Indian journal of veterinary science and animal husbandry - Volumes 15-17, 1948-1951
Year: 1948
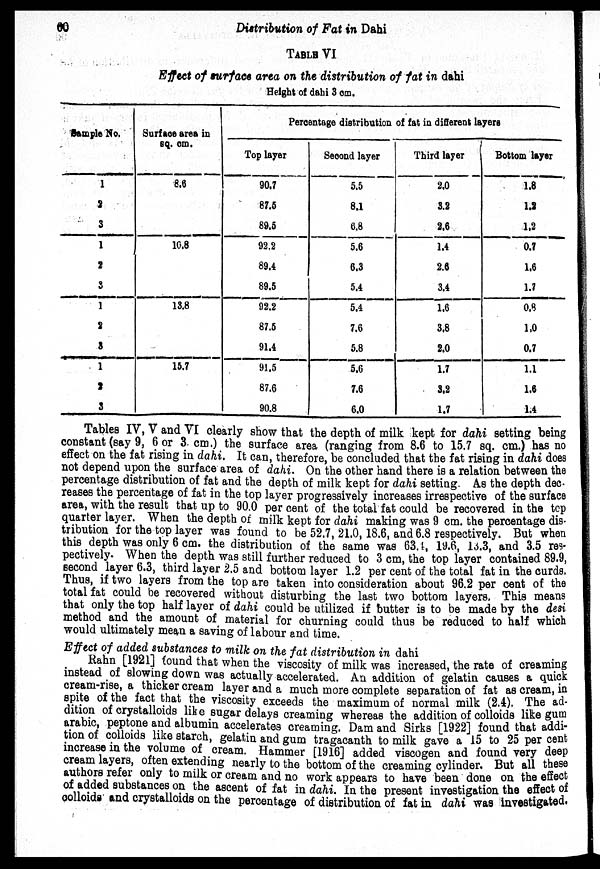
60
Distribution of Fat in Dahi
TABLE VI
Effect of surface area on the distribution of fat in dahi
Height of dahi 3 cm.
Sample No.
1
2
3
1
2
3
1
2
8
1
2
3
Surface area in
sq. cm.
8.6
10.8
13.8
15.7
Percentage distribution of fat in different layers
Top layer
90.7
87.5
89.5
92,2
89.4
89.5
92.2
87.5
91.4
91.5
87.6
90.8
Second layer
5.5
8.1
6.8
5.6
6.3
5.4
5.4
7.6
5.8
5.6
7.6
6.0
Third layer
2.0
3.2
2.6
1.4
2.6
3.4
1.6
3.8
2.0
1.7
3.2
1.7
Bottom layer
1.8
1.2
1.2
0.7
1.6
1.7
0.8
1.0
0.7
1.1
1.6
1.4
Tables IV, V and VI clearly show that the depth of milk kept for dahi setting being
constant (say 9, 6 or 3. cm.) the surface area (ranging from 8.6 to 15.7 sq. cm.) has no
effect on the fat rising in dahi. It can, therefore, be concluded that the fat rising in dahi does
not depend upon the surface area of dahi. On the other hand there is a relation between the
percentage distribution of fat and the depth of milk kept for dahi setting. As the depth dec-
reases the percentage of fat in the top layer progressively increases irrespective of the surface
area, with the result that up to 90.0 per cent of the total fat could be recovered in the top
quarter layer. When the depth of milk kept for dahi making was 9 cm. the percentage dis-
tribution for the top layer was found to be 52.7, 21.0, 18.6, and 6.8 respectively. But when
this depth was only 6 cm. the distribution of the same was 63.4, 19.6, 13.3, and 3.5 res-
pectively. When the depth was still further reduced to 3 cm, the top layer contained 89.9,
second layer 6.3, third layer 2.5 and bottom layer 1.2 per cent of the total fat in the curds.
Thus, if two layers from the top are taken into consideration about 96.2 per cent of the
total fat could be recovered without disturbing the last two bottom layers. This means
that only the top half layer of dahi could be utilized if butter is to be made by the desi
method and the amount of material for churning could thus be reduced to half which
would ultimately mean a saving of labour and time.
Effect of added substances to milk on the fat distribution in dahi
Rahn
[1921]
found that when the viscosity of milk was increased, the rate of creaming
instead of slowing down was actually accelerated. An addition of gelatin causes a quick
cream-rise, a thicker cream layer and a much more complete separation of fat as cream, in
spite of the fact that the viscosity exceeds the maximum of normal milk (2.4). The ad¬
dition of crystalloids like sugar delays creaming whereas the addition of colloids like gum
arabic, peptone and albumin accelerates creaming. Dam and Sirks [1922] found that addi-
tion of colloids like starch, gelatin and gum tragacanth to milk gave a 15 to 25 per cent
increase in the volume of cream. Hammer [1916] added viscogen and found very deep
cream layers, often extending nearly to the bottom of the creaming cylinder. But all these
authors refer only to milk or cream and no work appears to have been done on the effect
of added substances on the ascent of fat in dahi. In the present investigation the effect of
colloids and crystalloids on the percentage of distribution of fat in dahi was investigated.